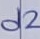
Text: d2